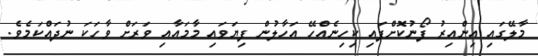
މާލޭގައި އިންއިރު ފޯނުކޮށްފައި ކިހިނެއްހޭ އަހާލުން ފިޔަވައި މާމައާއި ވަރަށް ވާހަކަ ނުދައްކަމެވެ.